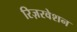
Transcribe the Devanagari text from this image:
रिज़रवेशन